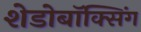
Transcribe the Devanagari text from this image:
शेडोबॉक्सिंग